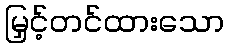
မြှင့်တင်ထားသော